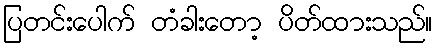
ပြတင်းပေါက် တံခါးတော့ ပိတ်ထားသည်။